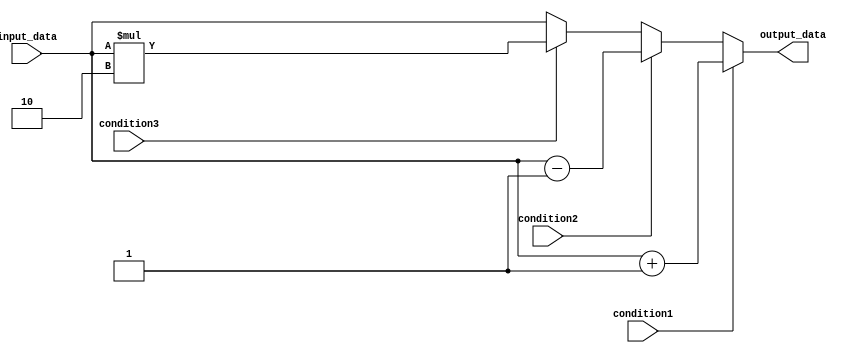
module generate_if_else (
    input wire condition1,
    input wire condition2,
    input wire condition3,
    input wire input_data,
    output reg output_data
);

always @(*)
begin
    if (condition1)
    begin
        output_data = input_data + 1;
    end
    else if (condition2)
    begin
        output_data = input_data - 1;
    end
    else if (condition3)
    begin
        output_data = input_data * 2;
    end
    else
    begin
        output_data = input_data;
    end
end

endmodule